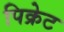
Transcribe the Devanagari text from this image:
पिक्रेट